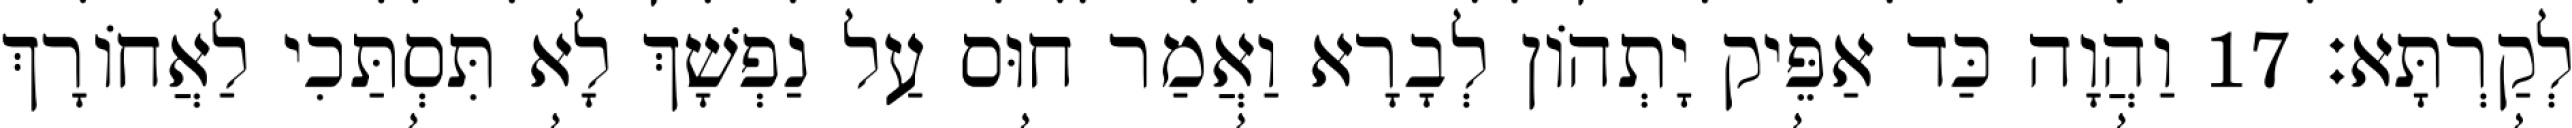
לְקַרְתָּא׃ 17 וַהֲוָה כַּד אַפֵּיק יָתְהוֹן לְבָרָא וַאֲמַר חוּס עַל נַפְשָׁךְ לָא תִּסְתַּכִי לַאֲחוֹרָךְ